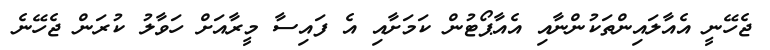
ޖެހޭނީ އެއާލައިންތަކުންނާއި އެއާޕޯޓުން ކަމަށާއި އެ ފައިސާ މީރާއަށް ހަވާލު ކުރަން ޖެހޭނެ